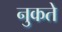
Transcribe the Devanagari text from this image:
नुकते